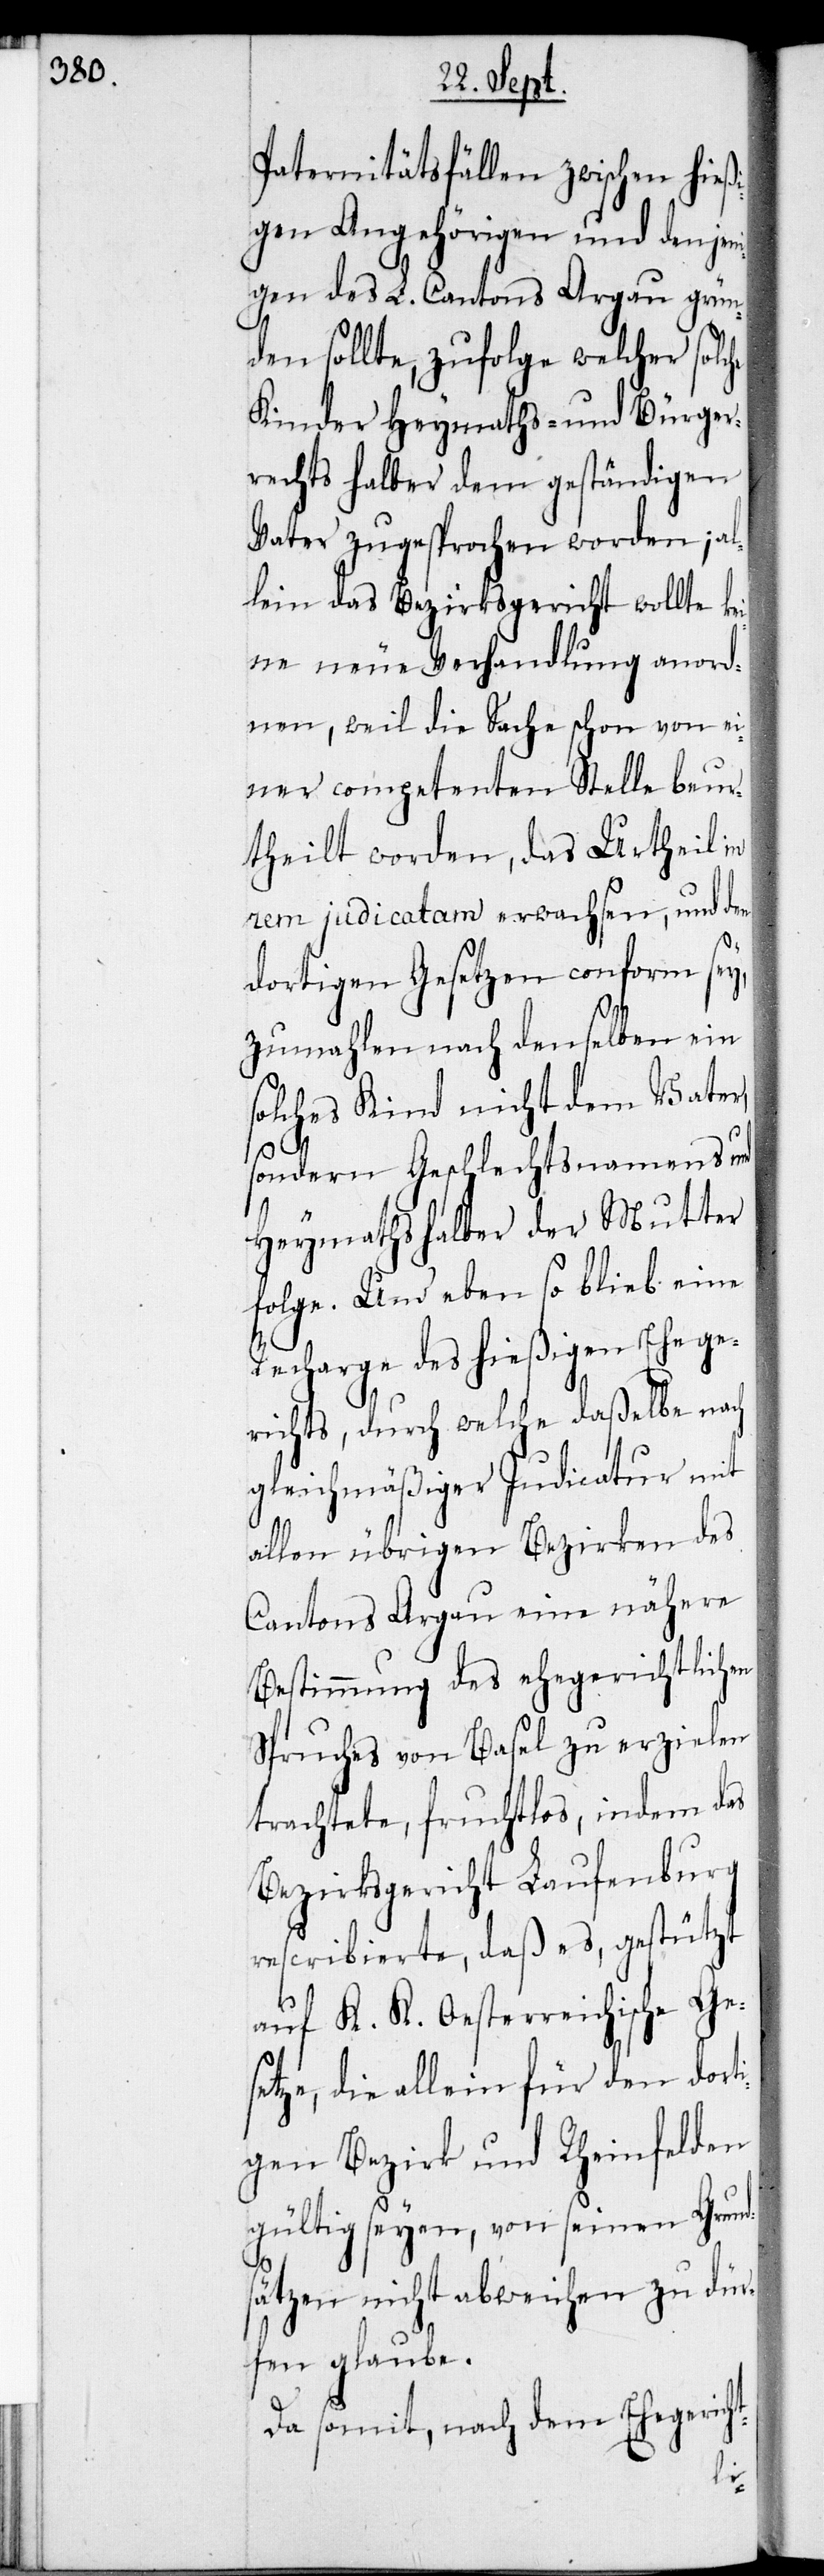
Paternitätsfällen zwischen hieß¬
igen Angehörigen und denjen¬
igen des L. Cantons Argau grün¬
den sollte, zufolge welcher solc¬
Kinder Heymaths- und Bürger¬
rechts halber dem geständigen
Vater zugesprochen worden; al¬
lein das Bezirksgericht wollte ke¬
ine neue Verhandlung anord¬
nen, weil die Sache schon von ei¬
ner competenten Stelle beur¬
theilt worden, das Urtheil in
rem judicatam erwachsen, und den
dortigen Gesetzen conform sey,
zumahlen nach denselben ein
solches Kind nicht dem Vater,
sondern Geschlechtsnamens[-]
Heymathshalber der Mutter
folge. Und ebenso blieb eine
Recharge des hießigen Ehege¬
richts, durch welche daßelbe nach
gleichmäßiger Judicatur mit
allen übrigen Bezirken des
Cantons Argau eine nähere
Bestimmung des ehegerichtlichen
Spruchs von Basel zu erzielen
trachtete, fruchtlos, indem das
Bezirksgericht Laufenburg
rescribierte, daß es, gestützt
auf K. K. Oesterreichische Ges¬
etze, die allein für den dort¬
igen Bezirk und Rheinfelden
gültig seyen, von seinen Grund¬
sätzen nicht abweichen zu dür¬
fen glaube.
Da somit, nach dem Ehegericht-
he